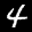
Label: 4